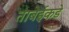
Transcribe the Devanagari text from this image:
ताबेईकडे